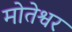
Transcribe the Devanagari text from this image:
मोतेश्वर